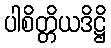
ပါစိတ္တိယဒိဋ္ဌိ